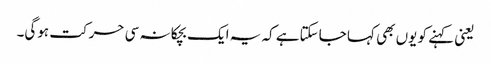
یعنی کہنے کو یوں بھی کہا جاسکتاہے کہ یہ ایک بچکانہ سی حرکت ہوگی۔